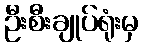
ဦးစီးချုပ်ရုံးမှ